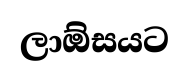
ලාඕසයට